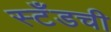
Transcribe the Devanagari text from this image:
स्टँडची